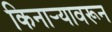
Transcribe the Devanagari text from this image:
किनार्‍यावरून